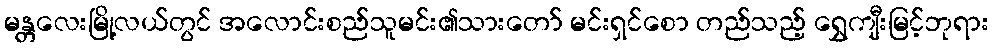
မန္တလေးမြို့လယ်တွင် အလောင်းစည်သူမင်း၏သားတော် မင်းရှင်စော တည်သည့် ရွှေကျီးမြင့်ဘုရား